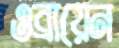
ওব্রায়েন